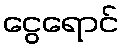
ငွေရောင်